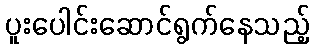
ပူးပေါင်းဆောင်ရွက်နေသည့်